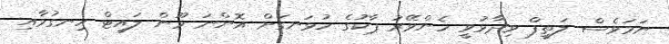
ނަމަވެސް ލަތީފް ވިދާޅުވީ ހެންވޭރު ޕާކުގެ ހުޅަނގަށް އޮންނަ މޫން ލައިޓް ހިނގުމާއި